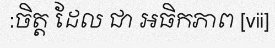
:ចិត្ត ដែល ជា អធិកភាព [vii]